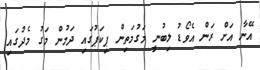
އޭނާ އަށް ރަން އެވޯޑު ލިބުނީ މަގުމަތިން ޕިކަޕުގައި ދަމުން މަގު މެދުގައި